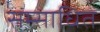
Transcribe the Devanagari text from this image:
सम्साधित